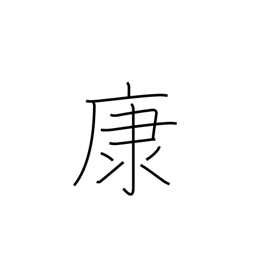
Meaning: ease